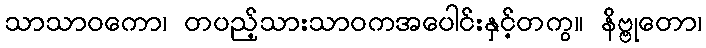
သာသာဝကော၊ တပည့်သားသာဝကအပေါင်းနှင့်တကွ။ နိဗ္ဗုတော၊